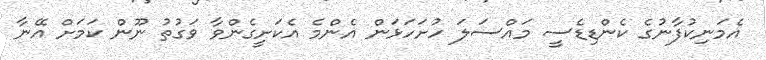
އެމަނިކުފާނުގެ ކެންޑިޑެސީ މައްސަލަ ހުށަހަޅަން އެންމެ އެކަށީގެންވާ ވަގުތު ނޫން ކަމަށް އޭނާ